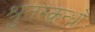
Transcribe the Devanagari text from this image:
श्रुतस्कन्धों